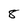
Character: 8